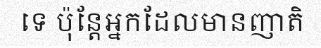
ទេ ប៉ុន្តែអ្នកដែលមានញាតិ